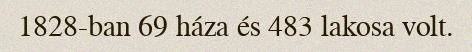
1828-ban 69 háza és 483 lakosa volt.